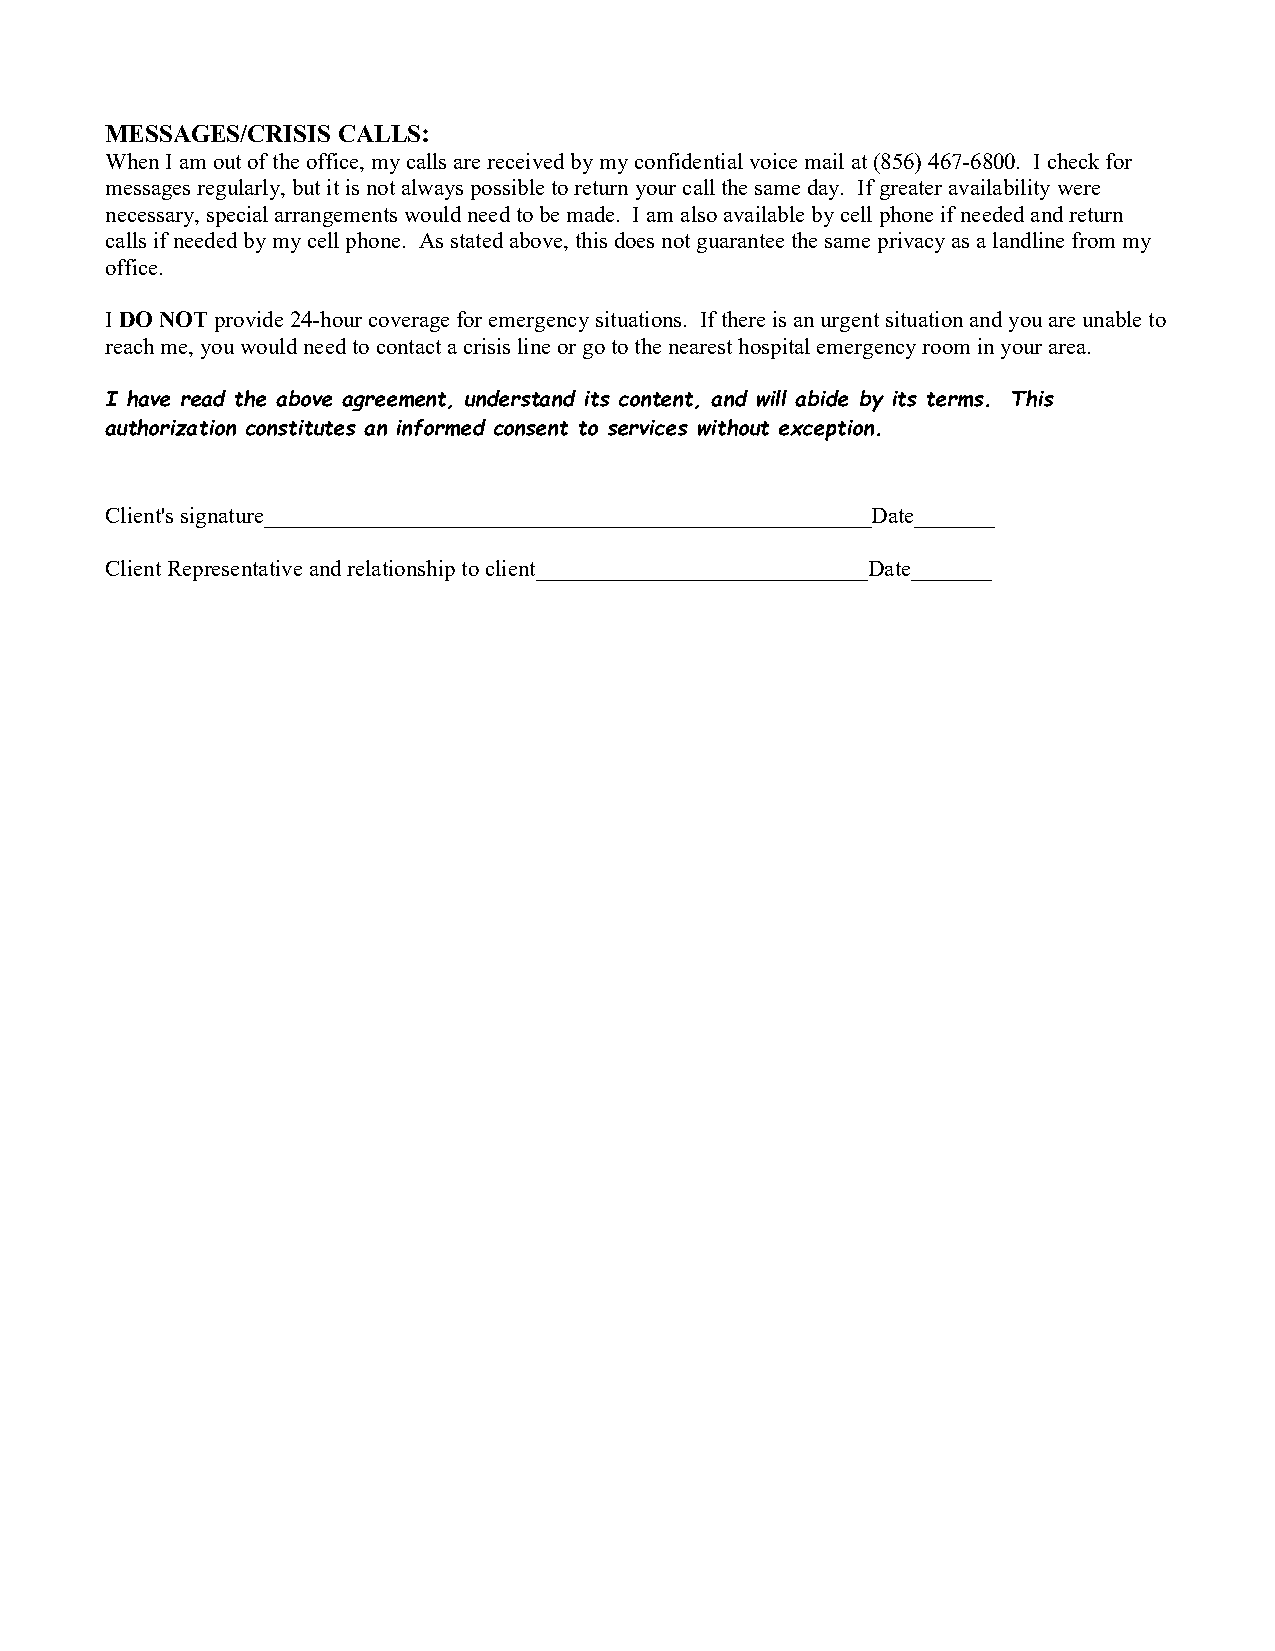
MESSAGES/CRISIS CALLS:
 When I am out of the office, my calls are received by my confidential voice mail at (856) 467-6800. I check for
 messages regularly, but it is not always possible to return your call the same day. If greater availability were
 necessary, special arrangements would need to be made. I am also available by cell phone if needed and return
 calls if needed by my cell phone. As stated above, this does not guarantee the same privacy as a landline from my
 office.
 I DO NOT provide 24-hour coverage for emergency situations. If there is an urgent situation and you are unable to
 reach me, you would need to contact a crisis line or go to the nearest hospital emergency room in your area.
 I have read the above agreement, understand its content, and will abide by its terms. This
 authorization constitutes an informed consent to services without exception.
 Client's signature_____________________________________________________Date_______
 Client Representative and relationship to client_____________________________Date_______